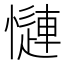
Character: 𢣜